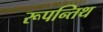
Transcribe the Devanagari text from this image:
रूपन्तिथ